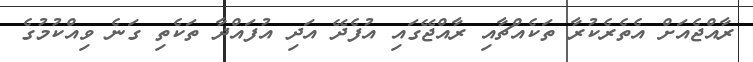
ރާއްޖެއަށް އެތެރެކުރާ ތަކެއްޗާއި ރާއްޖޭގައި އުފެދޭ އަދި އުފައްދާ ތަކެތި ގަނެ ވިއްކުމުގެ